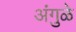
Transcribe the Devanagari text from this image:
अंगुळे